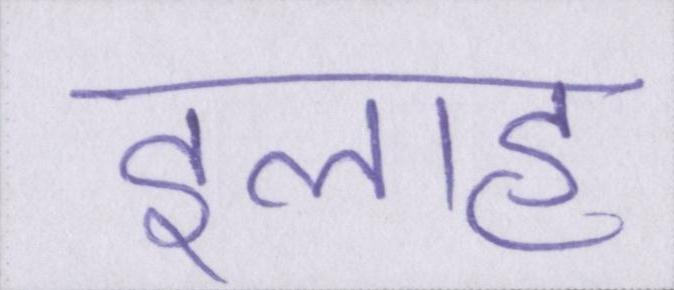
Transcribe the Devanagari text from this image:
इलाह